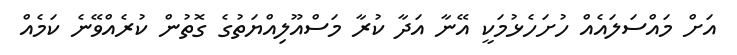
އަށް މައްސަލައެއް ހުށަހެޅުމަކީ އޭނާ އަދާ ކުރާ މަސްއޫލިއްޔަތުގެ ގޮތުން ކުރެއްވޭނެ ކަމެއް